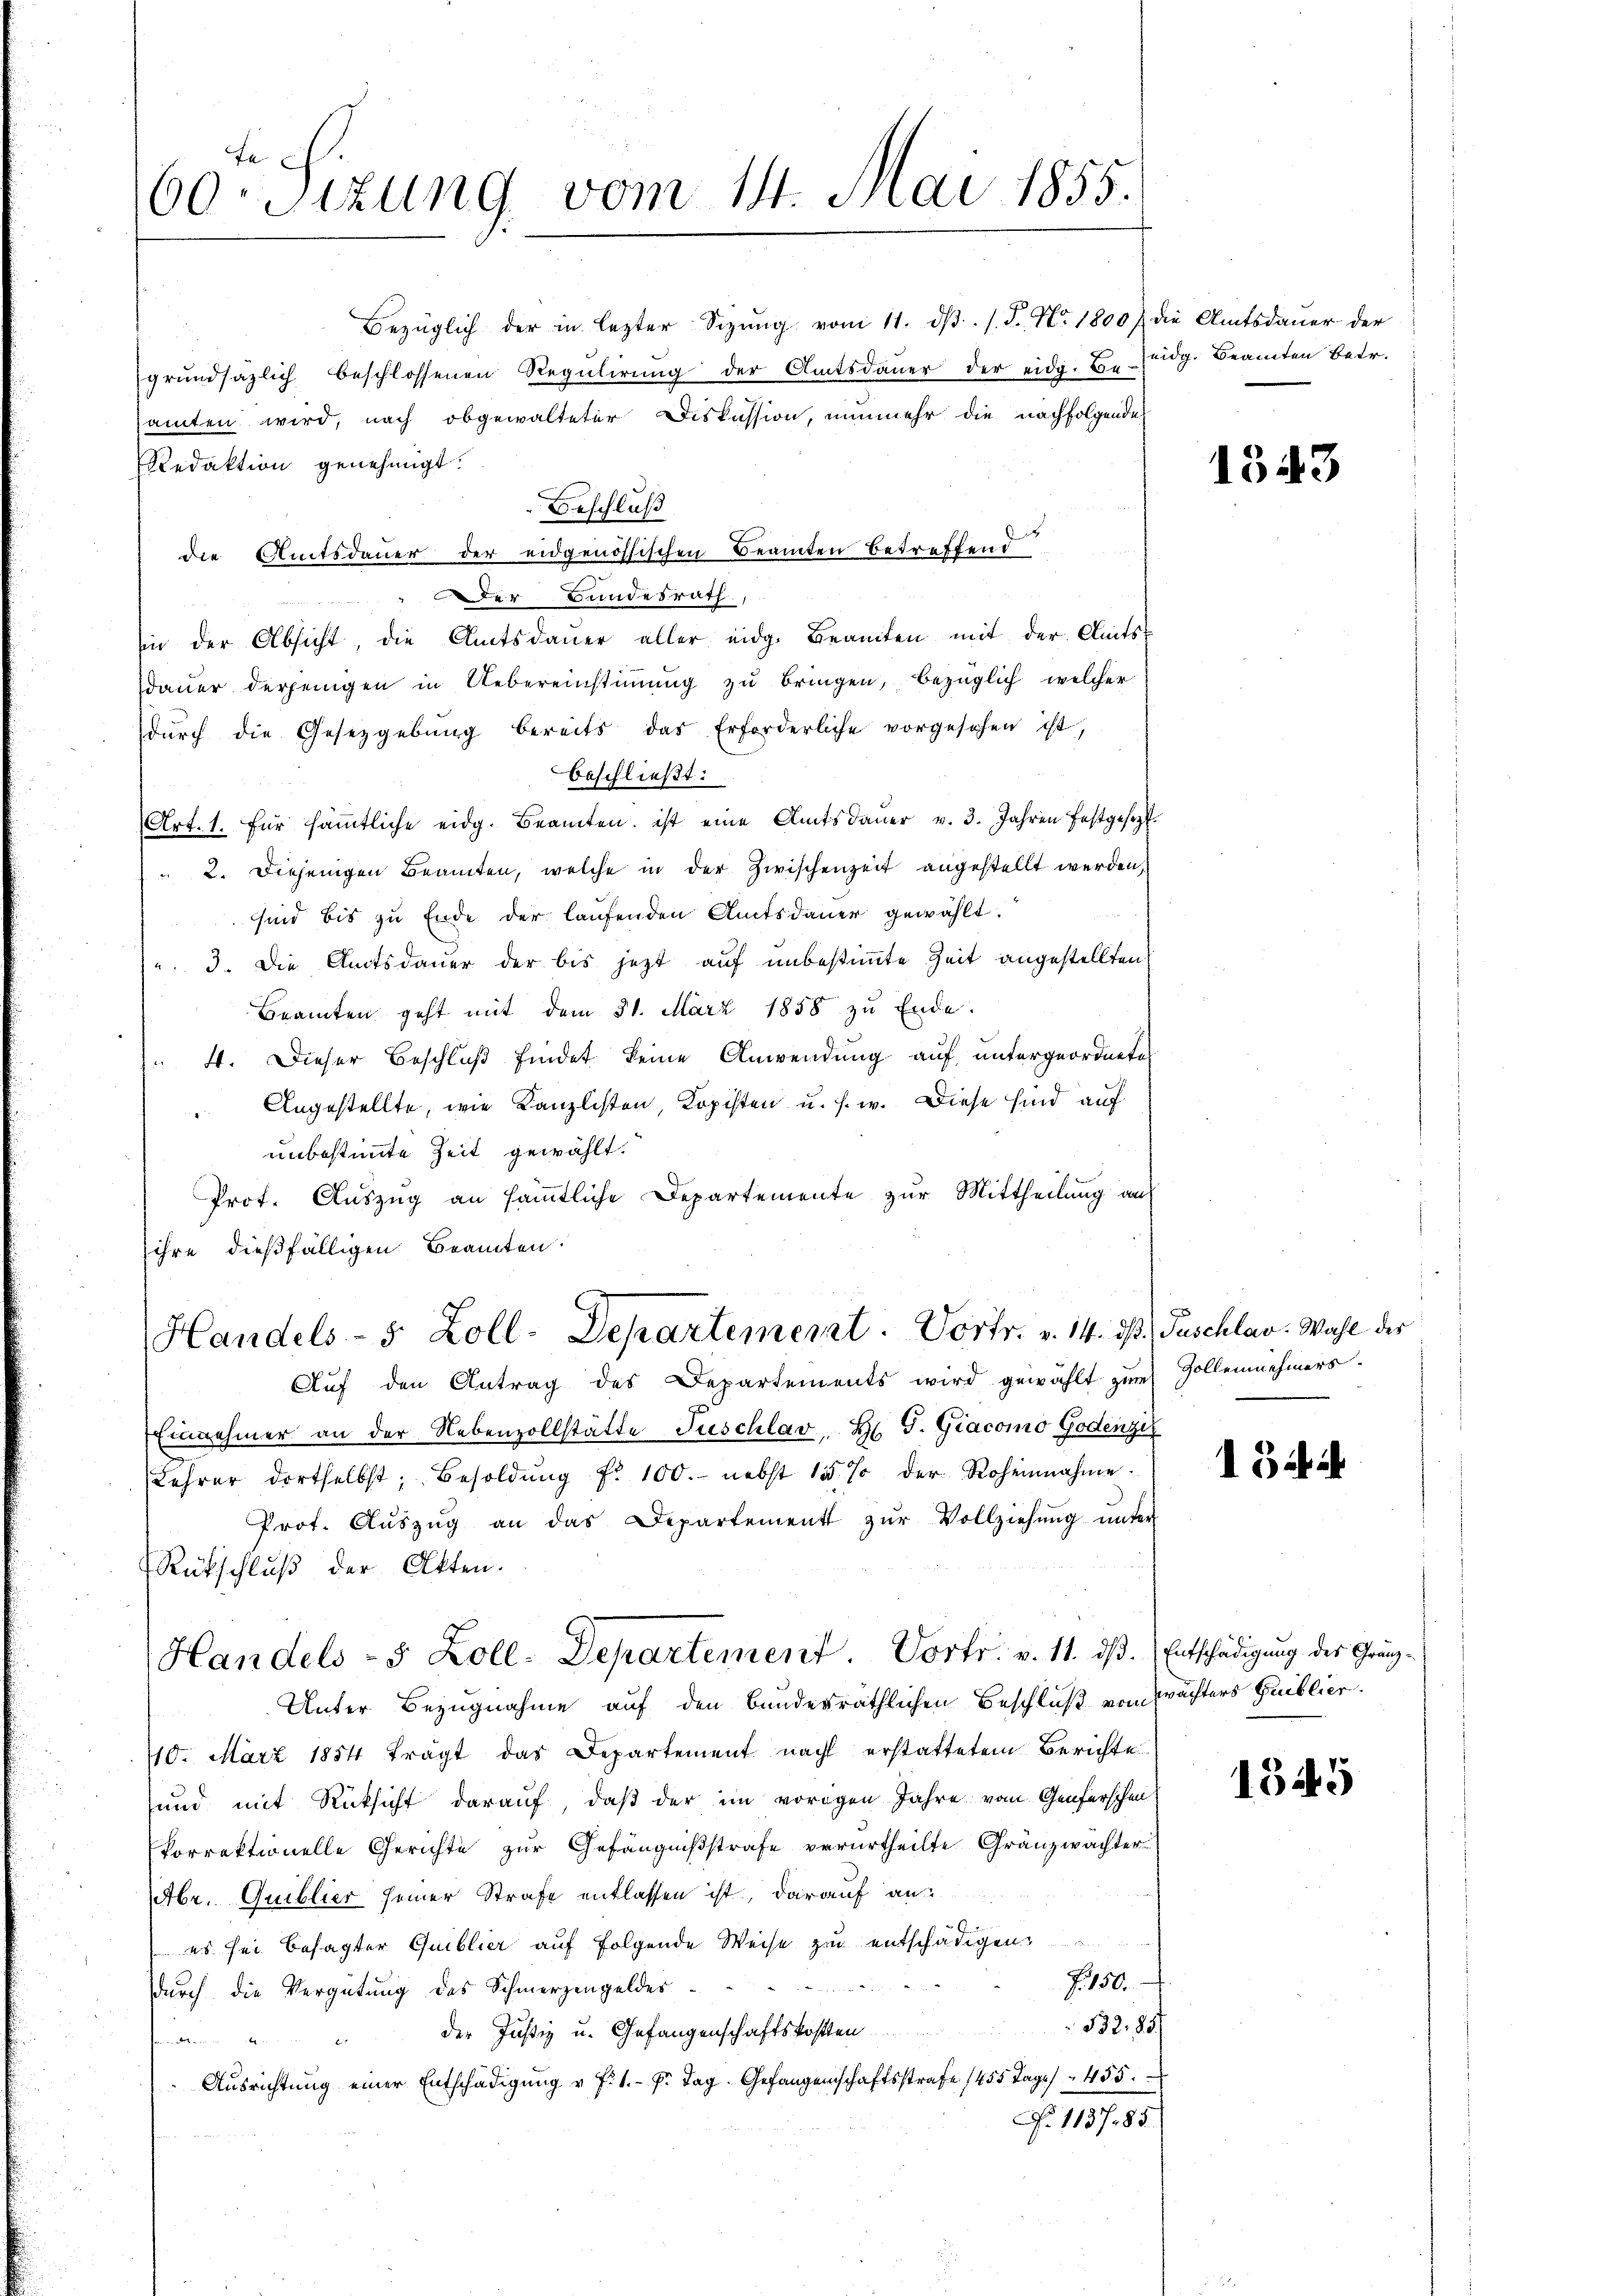
60. Sizung vom 14. Mai 1855.

Bezüglich der in lezter Sizŭng vom 11. dβ. /. P. Nr. 1800 / die Amtsdaŭer der
grŭndsazlich beschlossenen Regŭlirŭng der Amtsdaŭer der eidg. T. eidg. Beamten Betr.
amten wird, nach obgewalteter Diskussion, nunmehr die nachfolgende
Redaktion genehmigt.
Beschluß
i
die Amtsdauer der eidgenössischen Beamten Betreffent
Der Bundesrath,
e
sin der Absicht, die Amtsdauer aller eidg. Beamten mit der Amtsdaŭer derjenigen in Uebereinstiṁŭng zŭ bringen, bezüglich, welcher
dŭrch die Gesetzgebung bereits das Erforderliche vorgesehen ist,
beschließt:
Art. 1. für säṁtliche eidg. Beamten, ist eine Amtsdaŭer v. 3. Jahren festgesezt.
" 2. Diejenigen Beamten, welche in der Zwischenzeit angestellt werden,
sind bis zu Ende der laufenden Amtsdauer gewählt.
 3. Die Amtsdauer der bis jetzt auf unbestimmte Zeit angestellten
Beamten geht mit dem 31. März 1858 zu Ende.
 4. Dieser Beschluß findet keine Anwendung auf untergeordnetes
Angestellte, wie Kanzlisten, Kopisten u. s. w. Diese sind auf
unbestimmte Zeit gewählt.
Prot. Auszug an sämmtliche Departemente zur Mittheilung auf
ihre dießfälligen Beamten.
Handels- 5 Zoll-Departement. Vortr. v. 14. d. Juschlav. Wahl der
Auf den Antrag des Departements wird gewählt zum Zollennehmers
Einnehmer an der Nebenvollstätte Suschlav Hr. T. Giacomo Godenzir
Lehrer dortselbst Besoldŭng f. 100. nebst 15 % der Roheinnahme.
Prot. Aŭszŭg an das Departement zŭr Vollziehŭng ŭnter-
Rückschluß der Akten.
Handels- 5 Zoll-Departement. Dorts. v. 11. ds. Entschädigung des Gränz¬
Unter Bezugnahme auf den bundesräthlichen Beschluß von Wächters Guibliot
10. März 1854 frägt das Departement nach erstattetem Berichte
sund mit Rücksicht darauf, daß der im vorigen Jahre vom Genferscheit
korrektionelle Gerichte zur Gefängnißstrafe verurtheilte Gränzwachter
Abr. Quiblier seiner Strafe entlassen ist, darauf anes sei besagter Quiblier auf folgende Weise zu entschädigen.
Z. 150.
dŭrch die Vergütŭng des Schmerzengeldes . . .
332, 837
der Justiz u. Gefangenschaftskosten
  die die mir
e
Ausrichtung einer Entschädigung u. f. 1. P. Tag. Gefangenschaftsstrafe 1455 Tage / 455.
No. 113785.

1543

134 d

1545